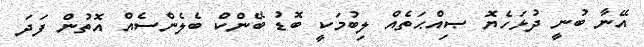
އޭނާ ބުނީ ދުޅަހެޔޮ ޞިއްޙަތެއް ލިބުމަކީ ބޮޑު ބޭންކް ބެލެންސެއް އޮތުން ފަދަ